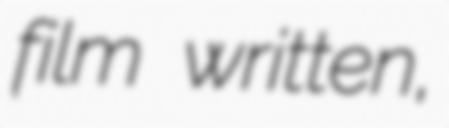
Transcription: film written,